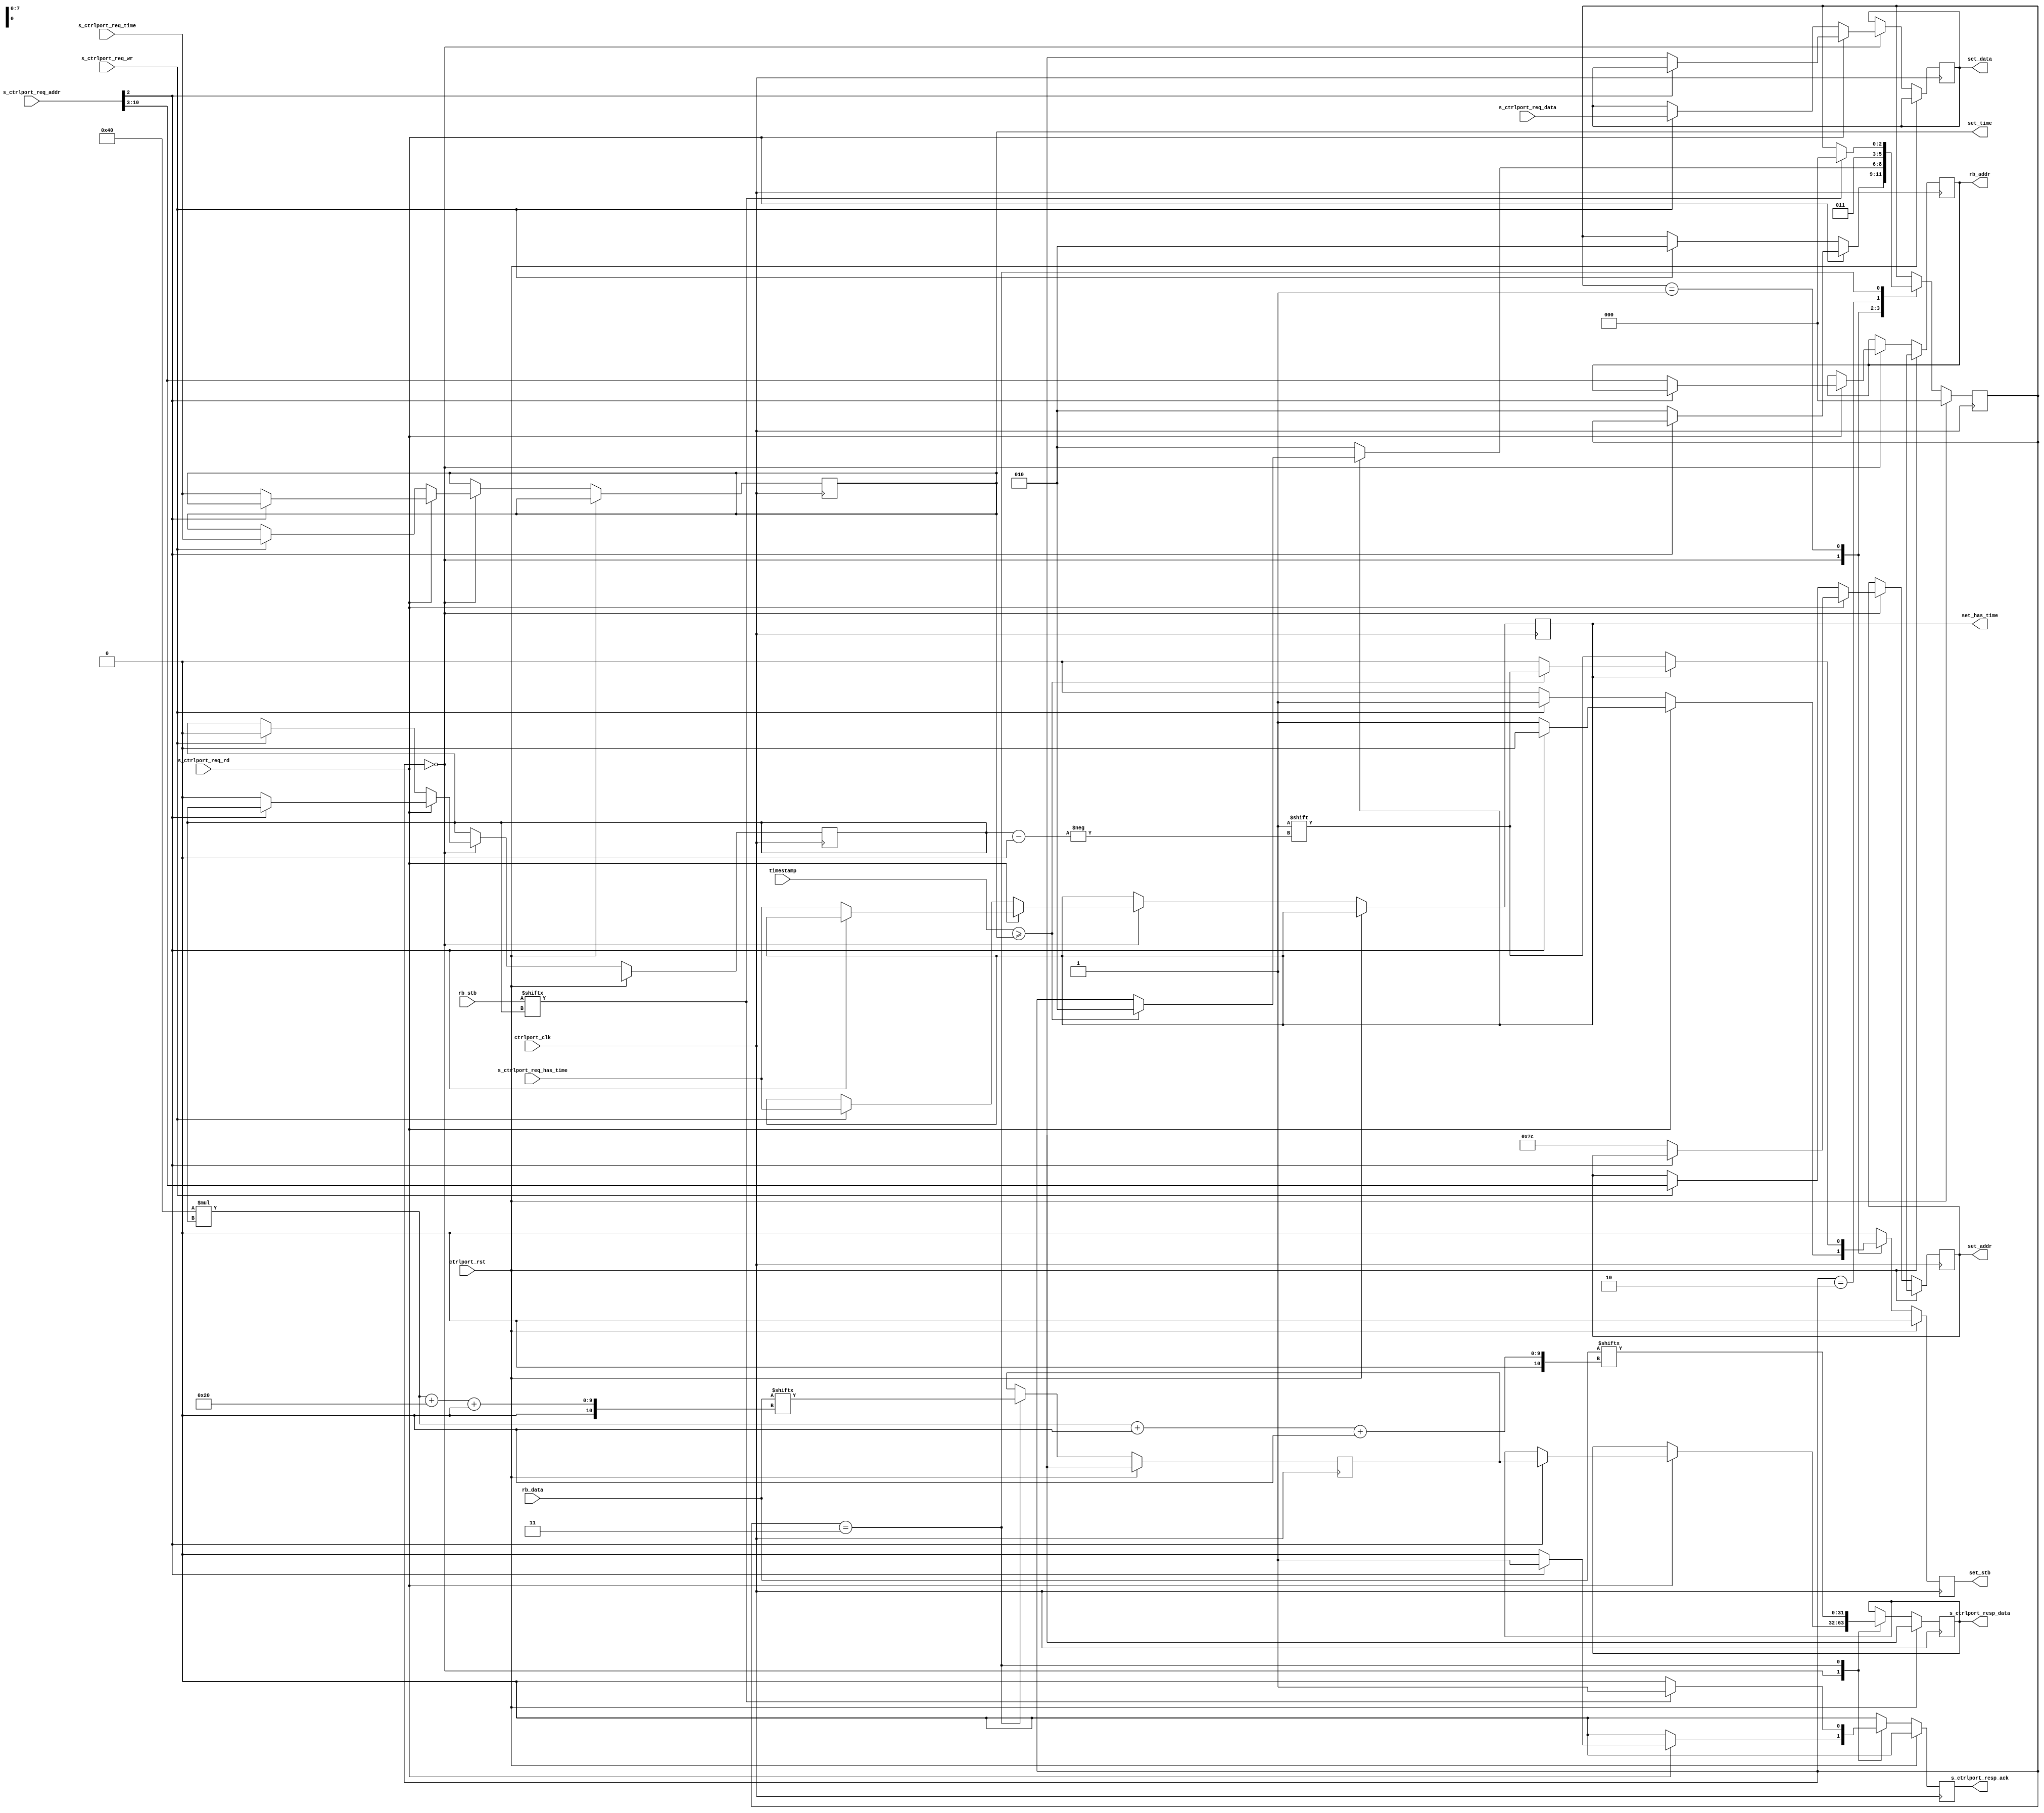
//
// Copyright 2019 Ettus Research, A National Instruments Company
//
// SPDX-License-Identifier: LGPL-3.0-or-later
//
// Module: ctrlport_to_settings_bus
//
// Description: 
//
//   Converts CTRL port interface requests to a user register settings bus 
//   access. This can be used to connect RFNoC block IP settings registers and 
//   user read-back registers to a control port.
//
//   There are a few key differences between control port and the settings bus 
//   that need to be accounted for. 
//
//    * Control port uses byte address whereas the settings bus uses a 
//      word address. 
//    * Control port is 32-bit whereas the settings bus supports 
//      32-bit writes and 64-bit reads.
//    * The settings bus always does both a write and a read for each
//      transaction. If the intent is to read a register, then it writes the
//      address for the read to SR_RB_ADDR. If the intent is to write a
//      register, then the read result is ignored.
//
//   This block handles these differences by allocating a 2048-byte address 
//   space to each settings bus. Each word of the settings bus is treated like 
//   a 64-bit word on an eight-byte boundary. To write to a settings register 
//   N, simply write a 32-bit value to address N*8. To read read-back register 
//   N, simply perform a 32-bit read from address N*8 followed by a 32-bit read 
//   from address N*8+4 to get the full 64-bits. If only the lower 32-bits are 
//   needed then it is not necessary to read the upper 32 bits. Note however, 
//   that software must always read the lower 32-bits before trying to read the 
//   upper 32-bits and that these reads should be atomic (no intervening reads 
//   should occur).
//
// Parameters:
//
//   NUM_PORTS  : The number of settings buses you wish to connect 
//
//   SR_RB_ADDR : Address to use for the settings register that holds the
//                read-back address. Set to 124 to model register access to
//                user logic registers. Set to 127 to model access to internal
//                NoC shell registers.
//
//   USE_TIME   : When 0, timestamps are simply passed from ctrlport to
//                settings bus and the timestamp input is not used. When 1,
//                this block will wait until the indicated time to arrive on
//                the timestamp input before issuing the transaction on the
//                settings bus. In this case, the time must be provided on the
//                timestamp input.
//

module ctrlport_to_settings_bus #(
  parameter NUM_PORTS  = 1,
  parameter SR_RB_ADDR = 124,
  parameter USE_TIME   = 0
) (
  input wire ctrlport_clk,
  input wire ctrlport_rst,

  //---------------------------------------------------------------------------
  // CTRL Port Interface
  //---------------------------------------------------------------------------

  input  wire        s_ctrlport_req_wr,
  input  wire        s_ctrlport_req_rd,
  input  wire [19:0] s_ctrlport_req_addr,
  input  wire [31:0] s_ctrlport_req_data,
  input  wire        s_ctrlport_req_has_time,
  input  wire [63:0] s_ctrlport_req_time,
  output reg         s_ctrlport_resp_ack = 0,
  output reg  [31:0] s_ctrlport_resp_data,

  //---------------------------------------------------------------------------
  // Settings Bus Interface
  //---------------------------------------------------------------------------

  output wire [NUM_PORTS*32-1:0] set_data,
  output wire [ NUM_PORTS*8-1:0] set_addr,
  output reg  [   NUM_PORTS-1:0] set_stb = 0,
  output wire [NUM_PORTS*64-1:0] set_time,
  output wire [   NUM_PORTS-1:0] set_has_time,

  input  [NUM_PORTS-1:0]    rb_stb,
  output [NUM_PORTS*8-1:0]  rb_addr,
  input  [NUM_PORTS*64-1:0] rb_data,

  //---------------------------------------------------------------------------
  // Timestamp
  //---------------------------------------------------------------------------

  // Current timestamp, synchronous to ctrlport_clk
  input wire [63:0] timestamp
);

  localparam PORT_W = (NUM_PORTS > 1) ? $clog2(NUM_PORTS) : 1;

  wire [PORT_W-1:0] port_num;
  reg  [PORT_W-1:0] port_num_reg;

  wire msw_access;

  reg [31:0] set_data_reg;
  reg [ 7:0] set_addr_reg;
  reg [63:0] set_time_reg;
  reg        set_has_time_reg;
  reg [ 7:0] rb_addr_reg;

  reg [31:0] upper_word;

  // Extract the port index from the address (the bits above the lower 11 bits)
  assign port_num = (NUM_PORTS > 1) ? s_ctrlport_req_addr[(PORT_W+11)-1:11] : 0;

  // Determine if the upper word is being accessed
  assign msw_access = s_ctrlport_req_addr[2];

  localparam ST_IDLE        = 0;
  localparam ST_TIME_CHECK  = 1;
  localparam ST_STROBE_WAIT = 2;
  localparam ST_WAIT_RESP   = 3;

  reg [2:0] state = ST_IDLE;


  always @(posedge ctrlport_clk) begin
    if (ctrlport_rst) begin
      s_ctrlport_resp_ack  <= 0;
      set_stb              <= 0;
      state                <= ST_IDLE;
      s_ctrlport_resp_data <= 32'hX;
      set_addr_reg         <= 8'hX;
      rb_addr_reg          <= 8'hX;
      port_num_reg         <= 8'hX;
      upper_word           <= 32'hX;
    end else begin
      // Default assignments
      s_ctrlport_resp_ack <= 0;
      set_stb             <= 0;

      case (state)
        ST_IDLE : begin
          if (s_ctrlport_req_rd && port_num < NUM_PORTS) begin
            // Handle register reads (read-back registers)
            if (msw_access) begin
              // Reading the upper word always returns the cached upper-word value 
              // from the previous lower-word read.
              s_ctrlport_resp_ack  <= 1;
              s_ctrlport_resp_data <= upper_word;
            end else begin
              // Handle register reads (read-back registers)
              rb_addr_reg <= s_ctrlport_req_addr[10:3];

              // Read-back of a user register on settings bus is always
              // combined with a write to the SR_RB_ADDR address.
              set_addr_reg     <= SR_RB_ADDR;
              set_data_reg     <= 32'bX;    // CtrlPort has no data in this case
              set_time_reg     <= s_ctrlport_req_time;
              set_has_time_reg <= s_ctrlport_req_has_time;

              // Save which port the read is for so that we only watch for 
              // acknowledgments from that port.
              port_num_reg <= port_num;

              if (USE_TIME) begin
                state <= ST_TIME_CHECK;
              end else begin
                set_stb[port_num] <= 1;
                state             <= ST_STROBE_WAIT;
              end
            end

          end else if (s_ctrlport_req_wr && port_num < NUM_PORTS) begin
            // Handle register writes (settings registers)
            set_addr_reg     <= s_ctrlport_req_addr[10:3];
            set_data_reg     <= s_ctrlport_req_data;
            set_time_reg     <= s_ctrlport_req_time;
            set_has_time_reg <= s_ctrlport_req_has_time;

            // Save which port the write is for so that we only watch for 
            // acknowledgments from that port.
            port_num_reg <= port_num;

            if (USE_TIME) begin
              state <= ST_TIME_CHECK;
            end else begin
              set_stb[port_num] <= 1;
              state             <= ST_STROBE_WAIT;
            end
          end
        end

        ST_TIME_CHECK : begin
          // If the transaction is timed, wait until the time arrives before
          // starting. This state is only reachable if USE_TIME is true.
          if (set_has_time_reg) begin
            if (timestamp >= set_time_reg) begin
              set_stb[port_num_reg] <= 1;
              state                 <= ST_STROBE_WAIT;
            end
          end else begin
            set_stb[port_num_reg] <= 1;
            state                 <= ST_STROBE_WAIT;
          end
        end

        ST_STROBE_WAIT : begin
          // Wait a cycle before checking for a response
          state <= ST_WAIT_RESP;
        end

        ST_WAIT_RESP : begin
          // Wait for read completion on settings bus, acknowledged by rb_stb.
          // The read-back data will be ignored by ctrlport if this is a write.
          upper_word           <= rb_data[(64*port_num_reg + 32) +: 32];
          s_ctrlport_resp_data <= rb_data[(64*port_num_reg +  0) +: 32];
          if (rb_stb[port_num_reg] == 1) begin
            s_ctrlport_resp_ack <= 1;
            state               <= ST_IDLE;
          end
        end
      
      endcase
    end
  end


  genvar i;
  generate
    for (i = 0; i < NUM_PORTS; i = i+1) begin : gen_settings_bus
      // Drive all settings buses with the same values, except the strobe
      assign rb_addr      [ 8*i +:  8] = rb_addr_reg;
      assign set_data     [32*i +: 32] = set_data_reg;
      assign set_addr     [ 8*i +:  8] = set_addr_reg;
      assign set_time     [64*i +: 64] = set_time_reg;
      assign set_has_time [         i] = set_has_time_reg;
    end
  endgenerate


endmodule